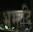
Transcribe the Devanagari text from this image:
भ्रमादि